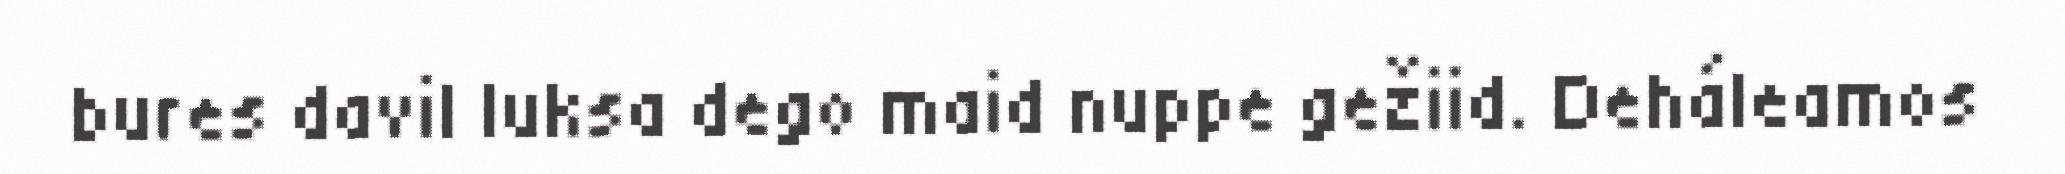
bures davil luksa dego maid nuppe gežiid. Deháleamos